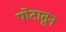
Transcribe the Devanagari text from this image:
पोटातुन